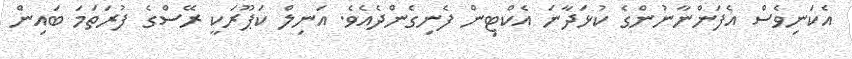
އެކަނިވެސް އެފަންނާނުންގެ ކުޅަދާނަ އެކްޓިން ފެނިގެންދެއެވެ. އަނިލް ކަޕޫރަކީ ރޭސްގެ ފުރަތަމަ ބައިން